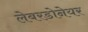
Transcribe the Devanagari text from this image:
लेबरडोनेयर